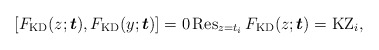
\begin{gather*}[F_{\rm KD}(z;{\boldsymbol{t}}),F_{\rm KD}(y;{\boldsymbol{t}})] =0 \operatorname{Res}_{z=t_i}F_{\rm KD}(z;{\boldsymbol{t}})= {\rm KZ}_{i},\end{gather*}